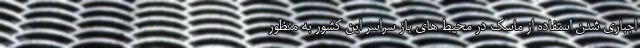
اجباری شدن استفاده از ماسک در محیط های باز سراسر این کشور به منظور